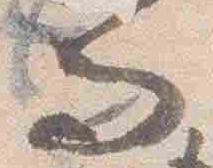
而